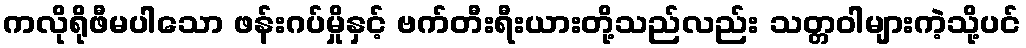
ကလိုရိုဖီမပါသော ဖန်းဂပ်မှိုနှင့် ဗက်တီးရီးယားတို့သည်လည်း သတ္တဝါများကဲ့သို့ပင်